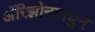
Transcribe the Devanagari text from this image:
अॅरिझोनामधुन